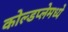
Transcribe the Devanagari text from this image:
कोल्डप्लेमध्ये